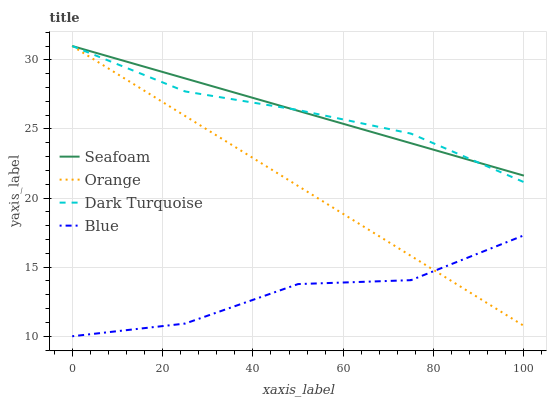
| xaxis_label | Seafoam | Orange | Dark Turquoise | Blue |
 | --- | --- | --- | --- | --- |
 | 0 | 31 | 31 | 31 | 10 |
 | 25 | 28.7 | 25.9 | 27.7 | 10.9 |
 | 50 | 26.3 | 20.9 | 26.4 | 13.8 |
 | 75 | 24 | 15.8 | 24.7 | 14.1 |
 | 100 | 21.6 | 10.7 | 21.2 | 17.3 |